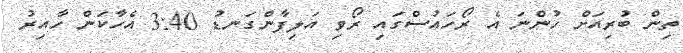
ތިން ބުރިއަށް ހުންނަ އެ ރޯހައުސްގައި ރޯވި އަލިފާންގަނޑު 3:40 އެހާކަން ހާއިރު